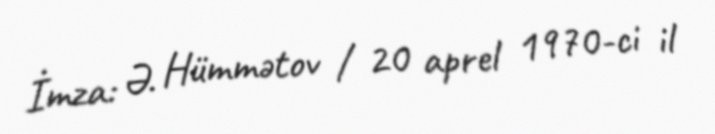
İmza: Ə. Hümmətov / 20 aprel 1970-ci il